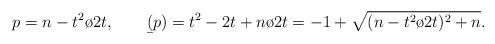
LaTeX: \begin{align*}p={n-t^2 \o{2t}}, \qquad\b(p)={t^2-2t+n \o{2t}}= -1+\sqrt{({n-t^2\o{2t}})^2+n}.\end{align*}